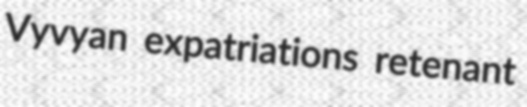
Vyvyan expatriations retenant